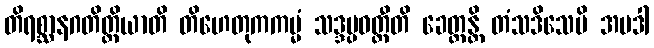
တိရစ္ဆာနဂတိတ္ထိယာတိ တိဟေတုကကမ္မံ သဒ္ဒပ္ပဝတ္တီတိ ခေတ္တန္တိ တံသဒိသေပိ အပဒါ